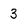
Character: 3